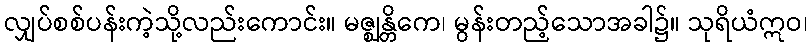
လျှပ်စစ်ပန်းကဲ့သို့လည်းကောင်း။ မဇ္ဈန္တိကေ၊ မွန်းတည့်သောအခါ၌။ သုရိယံဣဝ၊